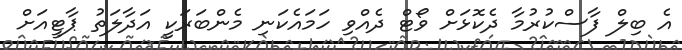
އެ ބިލް ފާސްކުރުމާ ދެކޮޅަށް ވޯޓް ދެއްވި ހަމައެކަނި މެންބަރަކީ އަދާލަތު ޕާޓީއަށް